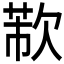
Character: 𣣐